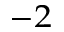
^ { - 2 }